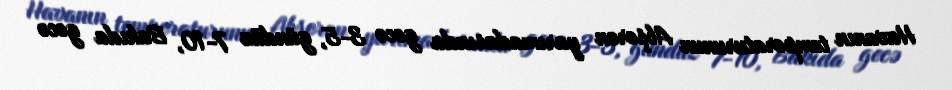
Havanın temperaturunun Abşeron yarımadasında gecə 3-5, gündüz 7-10, Bakıda gecə